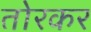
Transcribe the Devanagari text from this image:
तोरकर